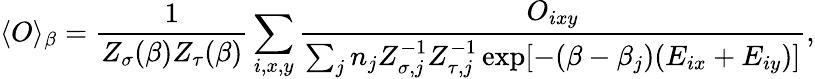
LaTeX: \langle O\rangle_{\beta}=\frac{1}{Z_{\sigma}(\beta)Z_{\tau}(\beta)}\sum_{i,x,y}\frac{O_{ixy}}{\sum_{j}n_{j}Z_{\sigma,j}^{-1}Z_{\tau,j}^{-1}\exp[-(\beta-\beta_{j})(E_{ix}+E_{iy})]},